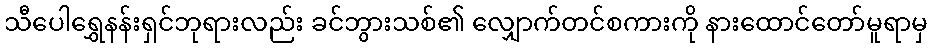
သီပေါရွှေနန်းရှင်ဘုရားလည်း ခင်ဘွားသစ်၏ လျှောက်တင်စကားကို နားထောင်တော်မူရာမှ